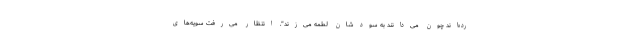
رده‌اند چون می‌دانند به سودشان لطمه می‌زند". انتظار می‌رفت سویه‌های